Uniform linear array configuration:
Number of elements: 32
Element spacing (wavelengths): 0.5
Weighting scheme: blackman
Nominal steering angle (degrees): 30
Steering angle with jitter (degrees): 28.363
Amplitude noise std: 0.05
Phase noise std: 0.05

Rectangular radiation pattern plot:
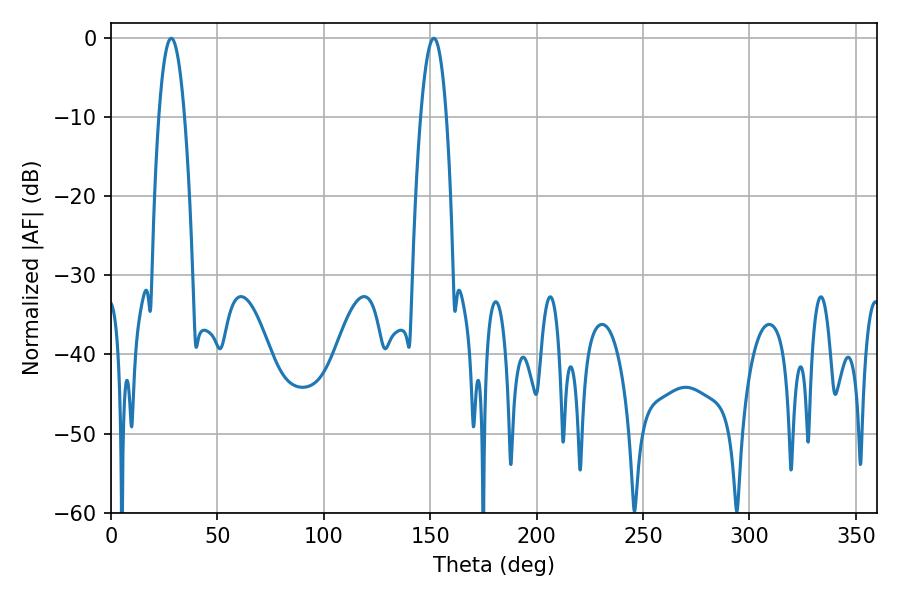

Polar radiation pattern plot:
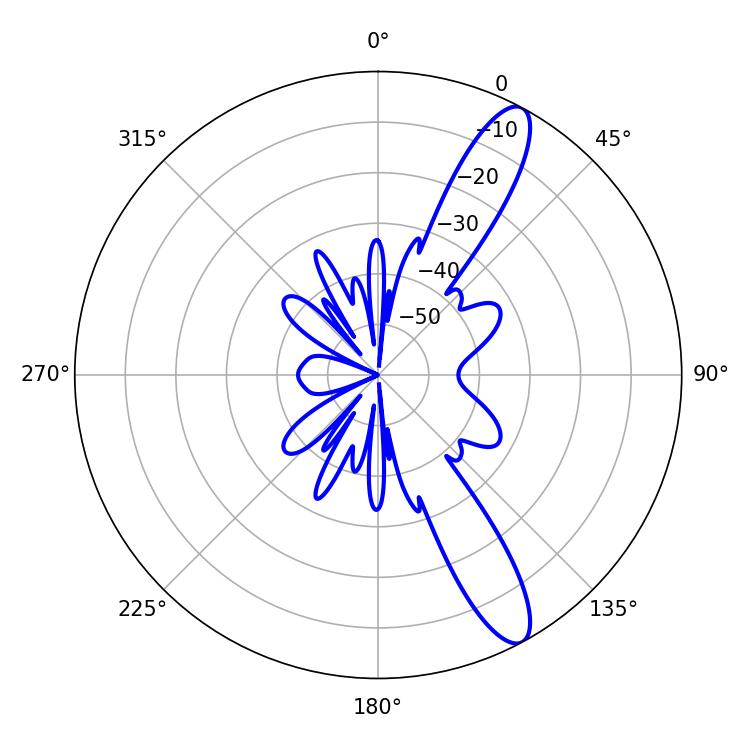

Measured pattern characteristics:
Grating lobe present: FALSE
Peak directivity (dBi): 12.242
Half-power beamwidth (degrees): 6.66
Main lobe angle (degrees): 28.26